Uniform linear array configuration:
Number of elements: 8
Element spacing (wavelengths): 0.75
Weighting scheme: blackman
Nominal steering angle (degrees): -60
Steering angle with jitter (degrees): -61.503
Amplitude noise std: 0.05
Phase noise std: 0.05

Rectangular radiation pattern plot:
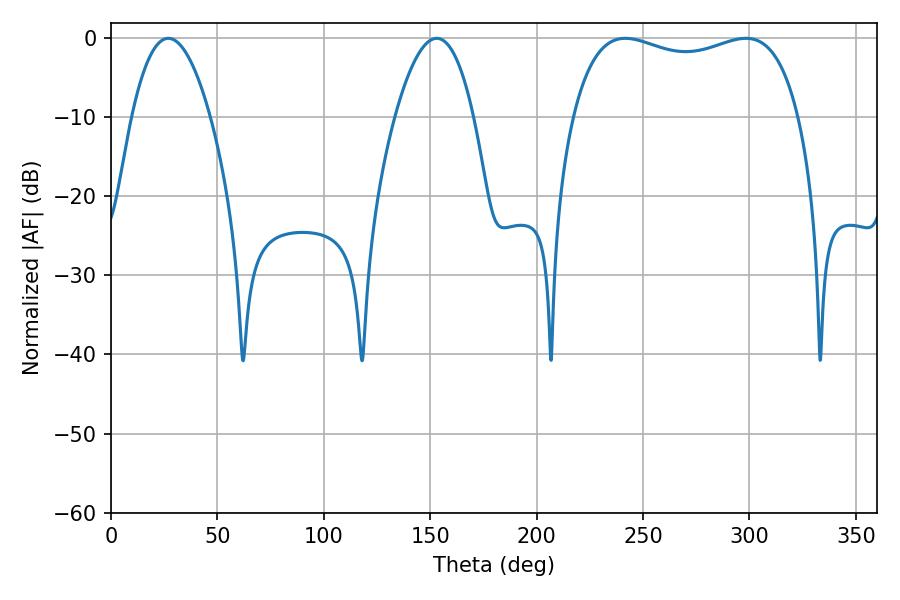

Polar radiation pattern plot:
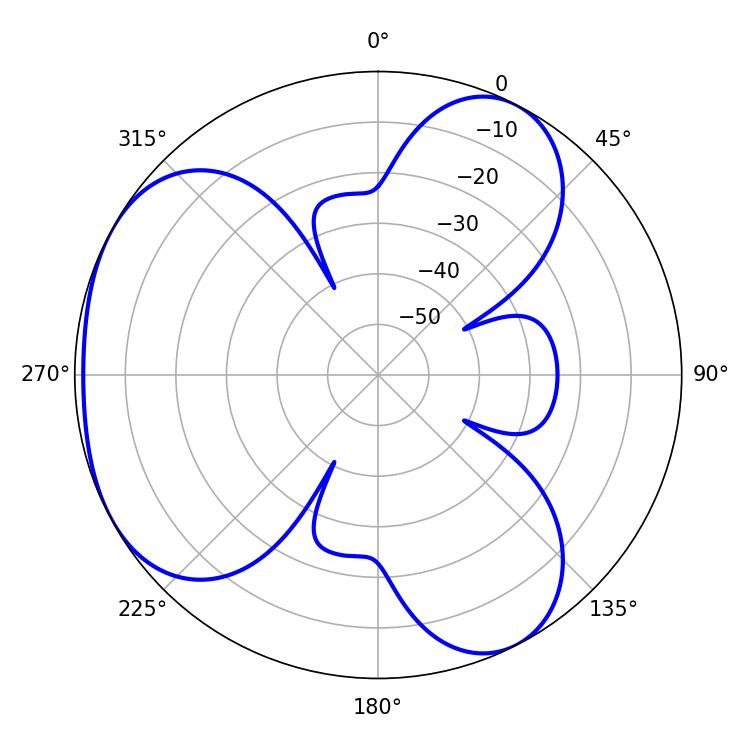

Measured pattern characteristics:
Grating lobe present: TRUE
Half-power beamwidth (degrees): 87.12
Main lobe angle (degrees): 298.26